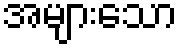
အများသော